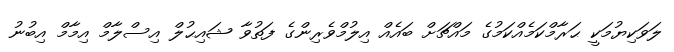
ލަވަކިޔުމަކީ ޙަރާމްކަމެއްކަމުގެ މައްޗަށް ބައެއް އިލުމްވެރިންގެ ފަތުވާ ޝައިޙުލް އިސްލާމް އިމާމް އިބުނު